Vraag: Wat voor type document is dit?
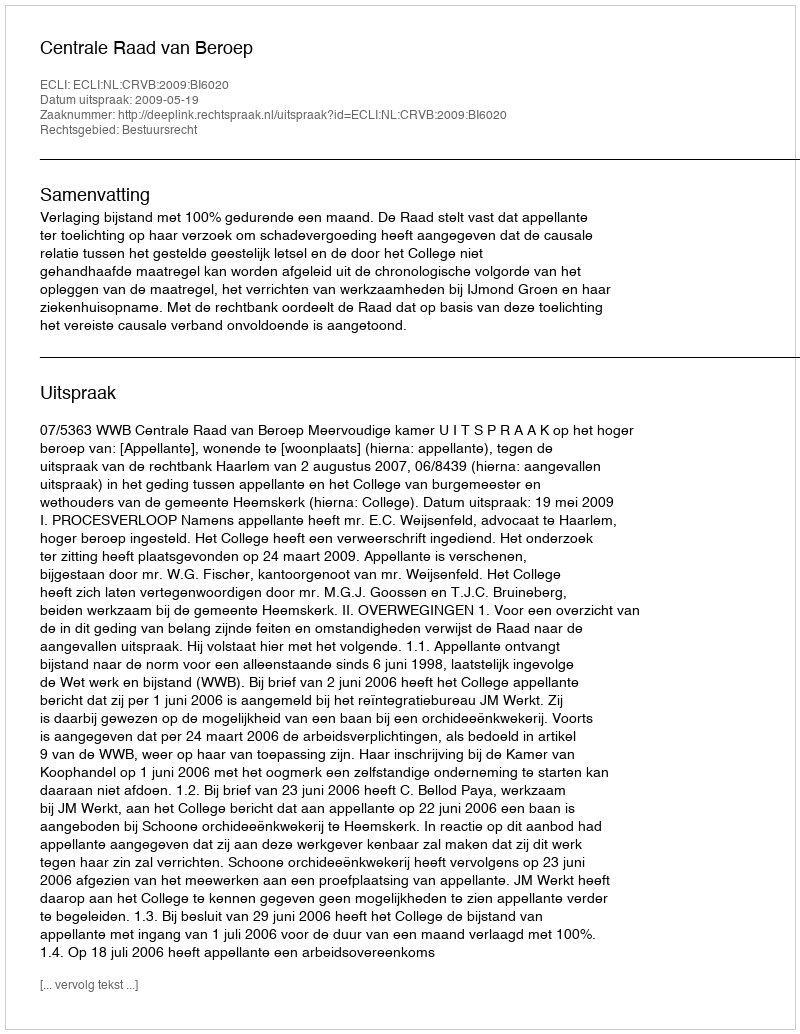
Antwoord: Uitspraak